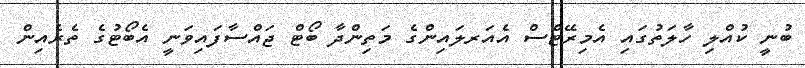
ބުނީ ކުއްލި ހާލަތުގައި އެމިރޭޓްސް އެއަރލައިންގެ މަތިންދާ ބޯޓް ޖައްސާފައިވަނީ އެބޯޓުގެ ތެރެއިން